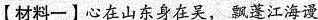
【材料一】心在山东身在吴，飘蓬江海谩